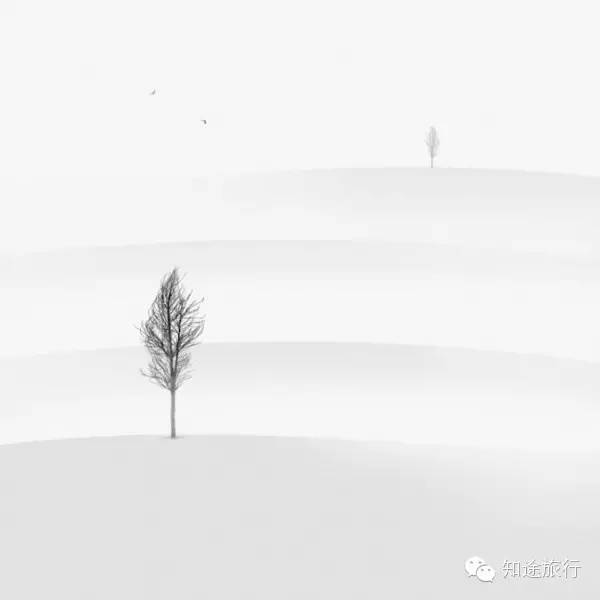
黄芦掩映清江下，斜缆着钓鱼艖。